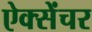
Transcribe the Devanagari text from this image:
ऐक्सेंचर